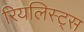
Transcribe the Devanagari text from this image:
रियलिस्ट्स